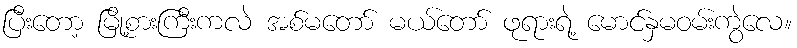
ပြီးတော့ မြို့စားကြီးကလဲ အစ်မတော် မယ်တော် ဖုရားရဲ့ မောင်နှမဝမ်းကွဲလေ။